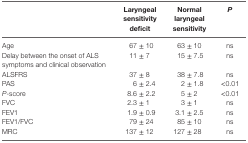
<table><thead><tr><td></td><td><b>Laryngeal sensitivity deficit</b></td><td><b>Normal laryngeal sensitivity</b></td><td><b><i>P</i></b></td></tr></thead><tbody><tr><td>Age</td><td>67 ± 10</td><td>63 ± 10</td><td>ns</td></tr><tr><td>Delay between the onset of ALS symptoms and clinical observation</td><td>11 ± 7</td><td>15 ± 7.5</td><td>ns</td></tr><tr><td>ALSFRS</td><td>37 ± 8</td><td>38 ± 7.8</td><td>ns</td></tr><tr><td>PAS</td><td>6 ± 2.4</td><td>2 ± 1.8</td><td>&lt;0.01</td></tr><tr><td><i>P</i>-score</td><td>8.6 ± 2.2</td><td>5 ± 2</td><td>&lt;0.01</td></tr><tr><td>FVC</td><td>2.3 ± 1</td><td>3 ± 1</td><td>ns</td></tr><tr><td>FEV1</td><td>1.9 ± 0.9</td><td>3.1 ± 2.5</td><td>ns</td></tr><tr><td>FEV1/FVC</td><td>79 ± 24</td><td>85 ± 10</td><td>ns</td></tr><tr><td>MRC</td><td>137 ± 12</td><td>127 ± 28</td><td>ns</td></tr></tbody></table>